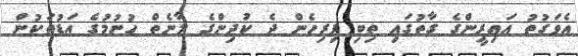
އެވަގުތު އައިރީންގެ ގާތުގައި ތިބި ފިރިހެން ދެ ކުދިންގެ ލާނެތް ހުނުމުގެ އަޑުތަކުން